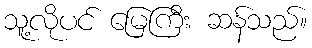
သူ့လိုပင် မြေကြီး ဆန်သည်။